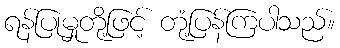
ရန်ပြုမှုတို့ဖြင့် တုံ့ပြန်ကြပါသည်။